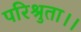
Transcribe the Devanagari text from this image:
परिश्रुता।।